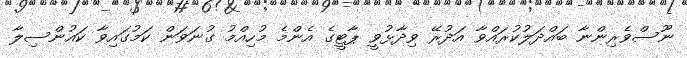
ނޫސްވެރިންނާ ބައްދަލުކުރައްވާ އަދުރޭ ވިދާޅުވީ ޕާޓީގެ އެންމެ މުހިއްމު ގުނަވަން ކަމުގައިވާ ކައުންސިލާ